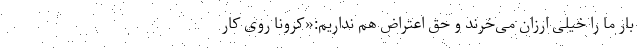
بار ما را خیلی ارزان می‌خرند و حق اعتراض هم نداریم:«کرونا روی کار